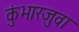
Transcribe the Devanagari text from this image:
कुंभारजुवा